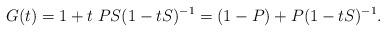
LaTeX: \begin{align*}G(t) = 1 + t \; PS (1-tS)^{-1} = (1-P) + P (1-tS)^{-1}. \end{align*}